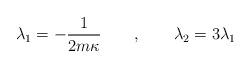
LaTeX: \begin{align*}\lambda_1 = - {1\over 2m\kappa} \qquad, \qquad\lambda_2 = 3\lambda_1 \end{align*}